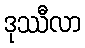
ဒုဿီလာ